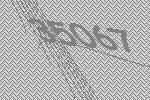
35067